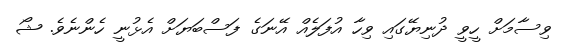
ވިސާމަށް ހީވީ ދުނިޔޭގައި ވިހާ އުފަލެއް އޭނަގެ ފަސްބަޔަށް އެޅުނީ ހެންނެވެ. ޝޯ